Report on horse surra - Volume II, Part II
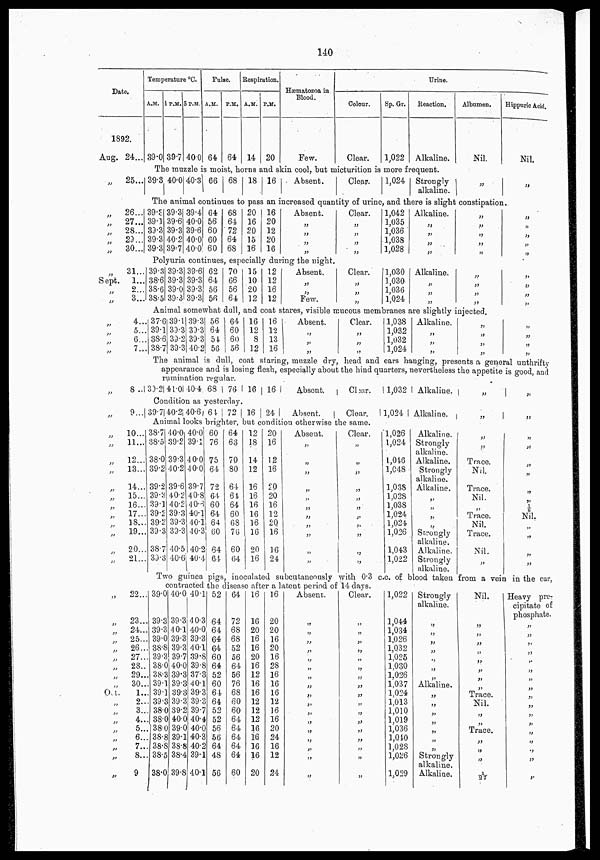
140
Date.
1892.
Aug. 24...
Temperature °C.
A.M.
39.0
1P.M.
39.7
5 P.M.
40.0
Pulse.
A.M.
64
P.M.
64
Respiration.
A.M.
14
P.M.
20
Hæmatozoa in -
Blood.
Few.
Urine.
Colour.
Clear.
Sp. Gr.
1,022
Reaction.
Alkaline.
The muzzle is moist, horns and skin cool, hut micturition is more frequent.
„
25... 39.3 40.0 40.3 66 68 18 16 Absent. Clear. 1,024 Strongly
alkaline.
Albumen.
Nil.
„
Hippuric Acid.
Nil.
„
The animal continues to pass an increased quantity of urine, and there is slight constipation.
„
26...
„
27...
„
28...
„
29...
„
30...
39.3
39.1
39.3
39.3
39.3
39.3
39.6
39.3
40.2
39.7
39.4
40.0
39.6
40.0
40.0
64
56
60
60
60
68
64
72
64
68
20
16
20
15
16
16
20
12
20
16
Absent.
„
„
„
„
Clear.
„
„
„
„
1,042
1,035
1,036
1,038
1,028
Alkaline.
„
„
„
„
Polyuria continues, especially during the night.
„ 31...
Sept.
1...
„ 2...
„
3...
39.3
38.6
38.6
38.5
39.3
39.3
39.0
39:3
39.6
39.3
39.3
39.3
62
64
56
56
70
66
56
64
15
10
20
12
12
12
16
12
Absent.
„
„
Few.
Clear.
„
„
„
1,030
1,030
1,036
1,024
Alkaline.
„
„
„
„
„
„
„
„
„
„
„
Animal somewhat dull, and coat stares, visible mucous membranes are slightly injected.
„ 4....
„
„ 5...
„ 6...
„ 7...
37.6
39.1
38.6
38.7
39.1
39.3
39.2
39.3
39.3
39.3
39.3
40.2
56
64
54
56
64
60
60
56
16
12
8
12
16
12
13
16
Absent.
„
„
„
Clear.
„
„
„
1,038
1,032
1,032
1,024
Alkaline.
„
„
„
„
„
„
„
„
„
„
„
„
„
„
„
„
„
The animal is dull, coat staring, muzzle dry, head and ears hanging, presents a general unthrifty
appearance and is losing flesh, especially about the hind quarters, nevertheless the appetite is good, and
rumination regular.
„
8.. 39.2 41.0 40.4 68 76 16
16
Absent.
Char.
1,032 Alkaline.
Condition as yesterday.
„
9... 39.7 40.2 40.6 64 72 16 24
Absent.
Clear.
1,024 Alkaline,
Animal looks brighter, but condition otherwise the same.
„
10...
„
11...
„
12..
„
13..
„
14..
„ 15..
„
16..
„
17..
„
18..
„
19..
„
20..
„
21..
38.7
38.5
38.0
39.2
39.2
39.3
39.1
39.2
39.2
39.3
38.7
39.3
40.0
39.2
39.3
40.2
39.6
40.2
40.2
39.3
39.3
39.3
40.5
40.6
40.0
39.1
40.0
40.0
39.7
40.8
40.6
40.1
40.1
40.3
40.2
40.4
60
76
75
64
72
64
60
64
64
60
64
64
64
63
70
80
64
64
64
60
68
76
60
64
12
18
14
12
16
16
16
16
16
16
20
16
20
16
12
16
20
20
16
12
20
16
16
24
Absent.
„
„
„
„
„
„
„
„
„
„
„
Clear.
„
„
„
„
„
„
„
„
„
„
„
1,026
1,024
1,046
1,048
1,038
1,028
1,038
1,024
1,024
1,026
1,043
1,022
Alkaline.
Strongly
alkaline.
Alkaline.
Strongly
alkaline.
Alkaline.
„
„
„
„
Strongly
alkaline.
Alkaline.
Strongly
alkaline.
„
„
„
„
Trace.
Nil.
Trace.
Nil.
„
Trace.
Nil.
Trace.
Nil.
„
„
„
„
„
„
„
„
„
Nil.
„
„
Two guinea pigs, inoculated subcutaneously with 0.3 c.c. of blood taken from a vein in the ear,
contracted the disease after a latent period of 14 days.
„
22.
„ 23...
„
24...
„
25...
„
26...
„
27...
„ 28...
„ 29...
„ 30...
Oct.
1...
„ 2...
„
3...
„
4...
„
5...
„
6...
„ 7...
„
8...
„
9...
39.0
39.3
39.3
39.0
38.8
39.3
38.0
38.3
39.1
39.1
39.3
38.0
38.0
38.0
38.8
38.8
38.5
38.0
40.0
39.3
40.1
39.3
39.3
39.7
40.0
39.63
39.3
39.3
39.3
39.2
40.0
39.0
39.1
38.8
38.4
39.8
40.1
40.3
40.0
39.3
40.1
39.8
39.8
37.3
40.1
39.3
39.3
39.7
40.4
40.0
40.3
40.2
39.1
40.1
52
64
64
64
64
60
64
52
60
64
64
52
52
56
56
64
48
56
64
72
68
68
52
56
64
56
76
68
60
60
64
64
64
64
64
60
16
16
20
16
16
20
16
12
16
16
12
12
12
16
16
16
16
20
16
20
20
16
20
16
28
16
16
16
12
16
16
20
24
16
12
24
Absent.
„
„
„
„
„
„
„
„
„
„
„
„
„
„
„
„
„
Clear.
„
„
„
„
„
„
„
„
„
„
„
„
„
„
„
„
„
1,022
1,044
1,034
1,026
1,032
1,025
1,030
1,026
1,037
1,024
1,013
1,010
1,019
1,036
1,040
1,028
1,026
1,029
Strongly
alkaline.
„
„
„
„
„
„
„
Alkaline.
„
„
„
„
„
„
„
Strongly
alkaline.
Alkaline.
Nil.
„
„
„
„
„
„
„
„
Trace.
Nil.
„
„
Trace.
„
„
„
1/27
Heavy pre¬
cipitate of
phosphate.
„
„
„
„
„
„
„
„
„
„
„
„
„
„
„
„